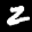
Label: 2